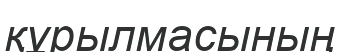
құрылмасының